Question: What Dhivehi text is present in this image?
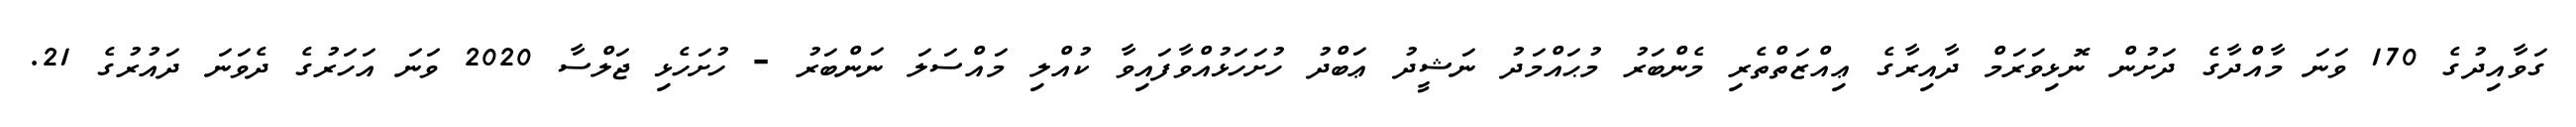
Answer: ގަވާއިދުގެ 170 ވަނަ މާއްދާގެ ދަށުން ނޮޅިވަރަމް ދާއިރާގެ ޢިއްޒަތްތެރި މެންބަރު މުޙައްމަދު ނަޝީދު ޢަބްދު ހުށަހަޅުއްވާފައިވާ ކުއްލި މައްސަލަ ނަންބަރު - ހުށަހެޅި ޖަލްސާ 2020 ވަނަ އަހަރުގެ ދެވަނަ ދައުރުގެ 21.